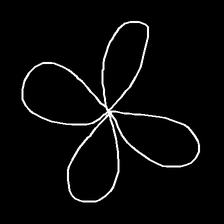
Glyph: billowing